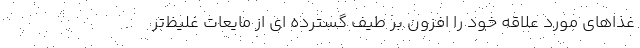
غذاهای مورد علاقه خود را افزون بر طیف گسترده ای از مایعات غلیظ‌تر